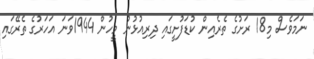
ނަމަވެސް މި18 ރަށުގެ ތެރެއިން ކުޑަފުށީގައި ދިރިއުޅުނު މީހުން 1944ވަނަ އަހަރުގެ ތެރޭގައި